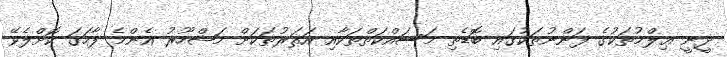
ދީނީ ޢިލްމުތަކުގެ ފަންނުތަކުގައި ބޮޑެތި މަސައްކަތްތަކާއި އަޘަރުތަކަށް މަޝްހޫރު އެންމެ ފާހަގަ ކޮށްލެވޭ